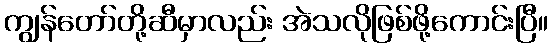
ကျွန်တော်တို့ဆီမှာလည်း အဲသလိုဖြစ်ဖို့ကောင်းပြီ။